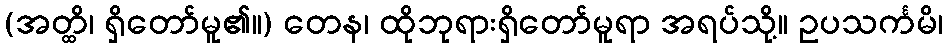
(အတ္ထိ၊ ရှိတော်မူ၏။) တေန၊ ထိုဘုရားရှိတော်မူရာ အရပ်သို့။ ဥပသင်္ကမိ၊